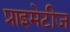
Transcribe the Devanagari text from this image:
प्राइमेटीज